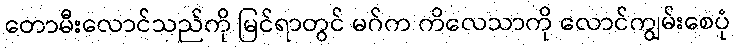
တောမီးလောင်သည်ကို မြင်ရာတွင် မဂ်က ကိလေသာကို လောင်ကျွမ်းစေပုံ